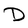
Character: D